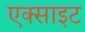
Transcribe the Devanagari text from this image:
एक्साइट